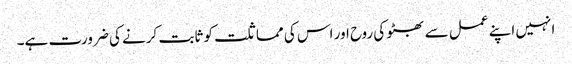
انہیں اپنے عمل سے بھٹو کی روح اور اس کی مماثلت کو ثابت کرنے کی ضرورت ہے۔